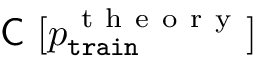
\textsf { C } [ p _ { \mathtt { t r a i n } } ^ { \mathrm { ~ t ~ h ~ e ~ o ~ r ~ y ~ } } ]